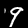
Digit: 9